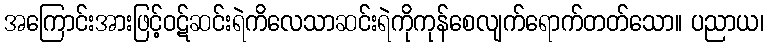
အကြောင်းအားဖြင့်ဝဋ်ဆင်းရဲကိလေသာဆင်းရဲကိုကုန်စေလျက်ရောက်တတ်သော။ ပညာယ၊